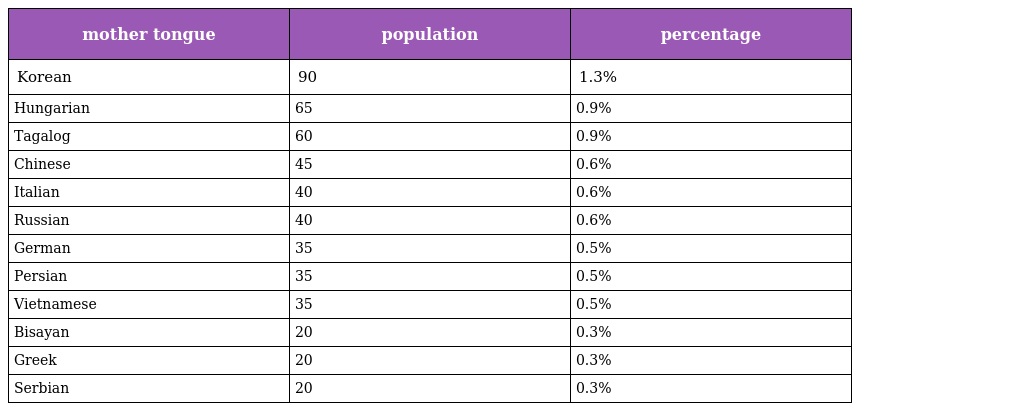
| mother tongue | population | percentage |
 | --- | --- | --- |
 | Korean | 90 | 1.3% |
 | Hungarian | 65 | 0.9% |
 | Tagalog | 60 | 0.9% |
 | Chinese | 45 | 0.6% |
 | Italian | 40 | 0.6% |
 | Russian | 40 | 0.6% |
 | German | 35 | 0.5% |
 | Persian | 35 | 0.5% |
 | Vietnamese | 35 | 0.5% |
 | Bisayan | 20 | 0.3% |
 | Greek | 20 | 0.3% |
 | Serbian | 20 | 0.3% |